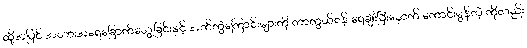
ထို့အပြင် အသားအရေခြောက်သွေ့ခြင်းနှင့် အက်ကွဲကြောင်းများကို ကာကွယ်ရန် ရေချိုးပြီးနောက် ကောင်းမွန်တဲ့ ကိုလည်း